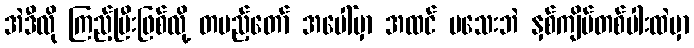
အဲဒီလို ကြည့်ပြီးဖြစ်လို့ တပည့်တော် အပေါ်မှာ အထင် မသေးဘဲ နှစ်ကျိပ်တစ်ပါးထဲမှာ